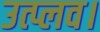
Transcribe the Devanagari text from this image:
उत्प्लव।